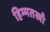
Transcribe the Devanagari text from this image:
हिम्मतखाँ